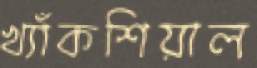
খ্যাঁকশিয়াল